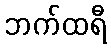
ဘက်ထရီ